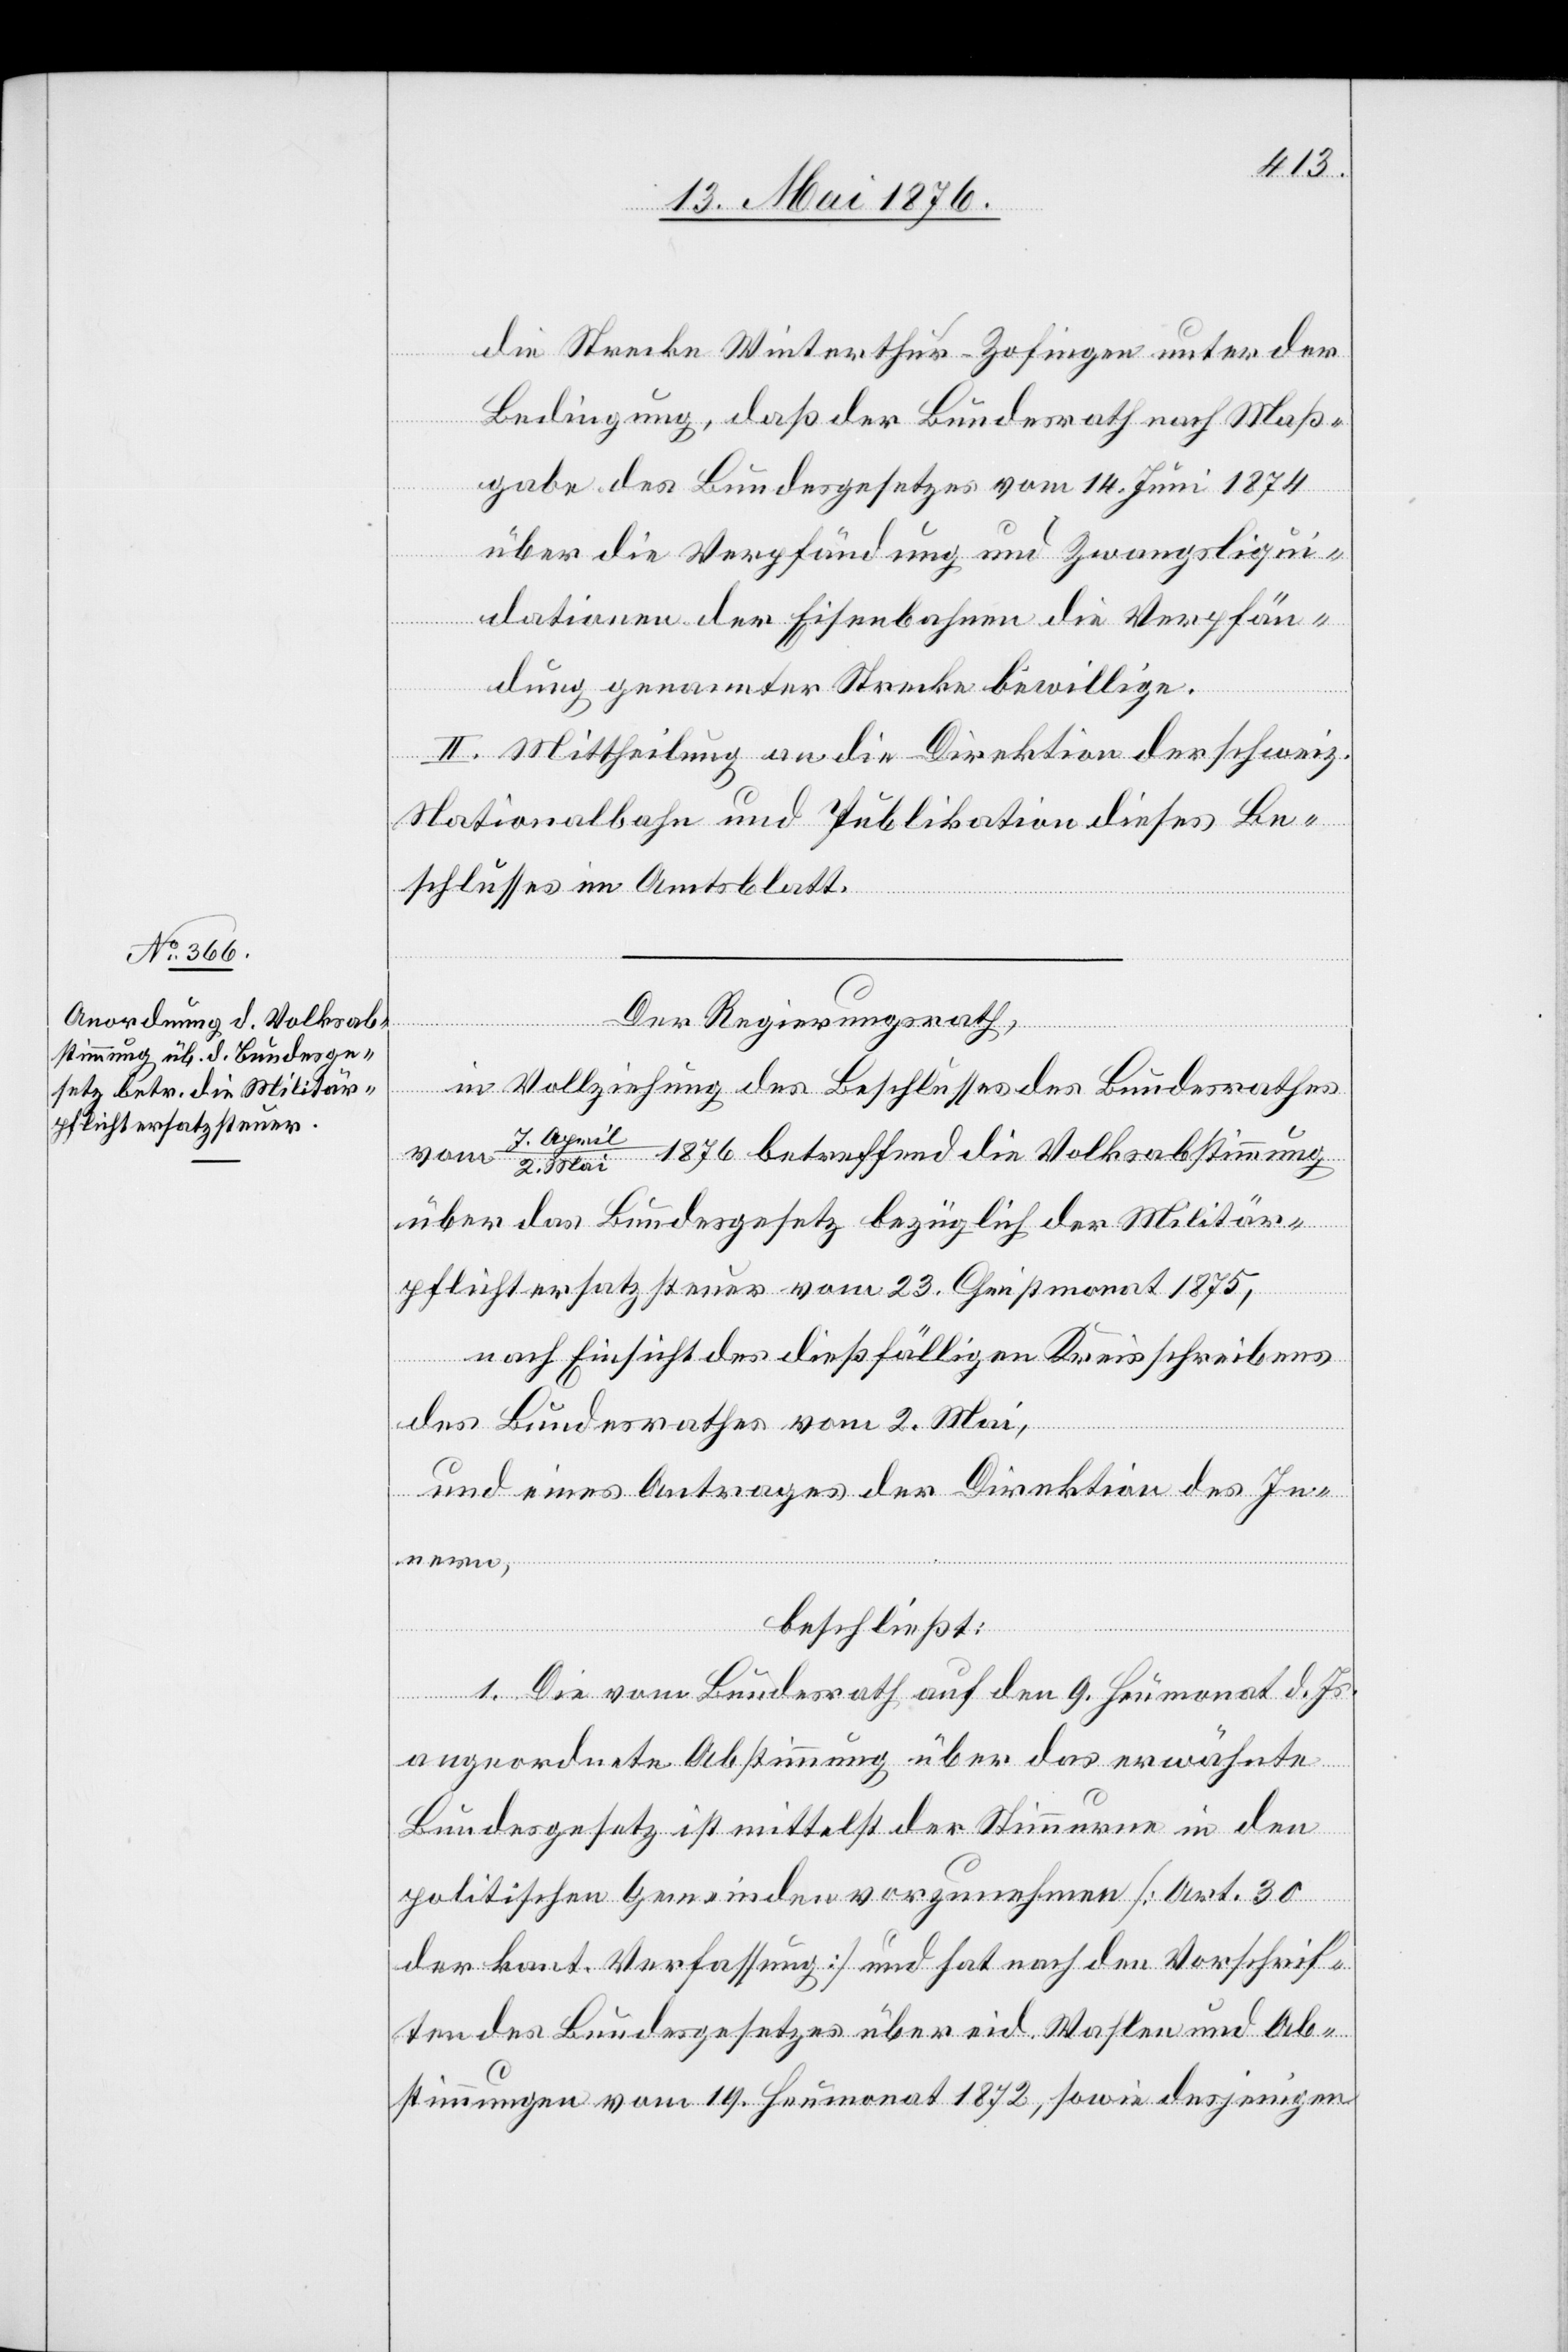
die Strecke Winterthur–Zofingen unter der
Bedingung, daß der Bundesrath nach Maß¬
gabe des Bundesgesetzes vom 14. Juni 1874
über die Verpfändung und Zwangsliqui¬
dationen der Eisenbahnen die Verpfän¬
dung genannter Strecke bewillige.
II. Mittheilung an die Direktion der schweiz.
Nationalbahn und Publikation dieses Be¬
schlusses im Amtsblatt.
Der Regierungsrath,
in Vollziehung des Beschlusses des Bundesrathes
vom 7. April/8. Mai 1876 betreffend die Volksabstimmung
über das Bundesgesetz bezüglich der Militär¬
pflichtersatzsteuer vom 23. Christmonat 1875,
nach Einsicht des dießfälligen Kreisschreibens
des Bundesrathes vom 2. Mai,
und eines Antrages der Direktion des In¬
nern,
beschließt:
1. Die vom Bundesrath auf den 9. Heumonat d. Js.
angeordnete Abstimmung über das erwähnte
Bundesgesetz ist mittelst der Stimmurne in den
politischen Gemeinden vorzunehmen [Art. 30
der kant. Verfassung] und hat nach den Vorschrif¬
ten des Bundesgesetzes über eid. Wahlen und Ab¬
stimmungen vom 19. Heumonat 1872, sowie desjenigen